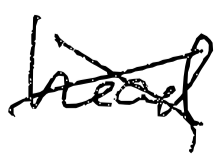
Text: head
Cross-out: cross
Writing tool: digital_black